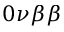
0 \nu \beta \beta